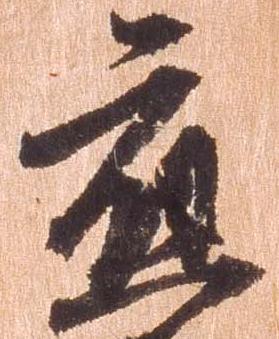
応